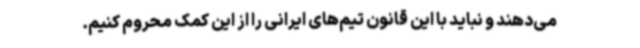
می‌دهند و نباید با این قانون تیم‌های ایرانی را از این کمک محروم کنیم.